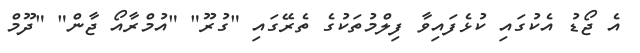
އެ ޖޯޑު އެކުގައި ކުޅެފައިވާ ފިލްމުތަކުގެ ތެރޭގައި "ގުރޫ" "އުމްރާއޯ ޖާން" "ދޫމް